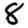
Digit: 8